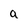
Character: a